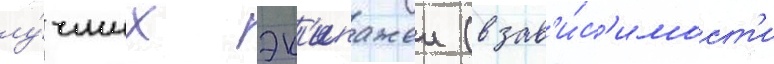
лу́чших эк'ипажеи (в зав'и́с'имост'и